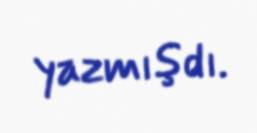
yazmışdı.